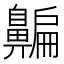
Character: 𪖯